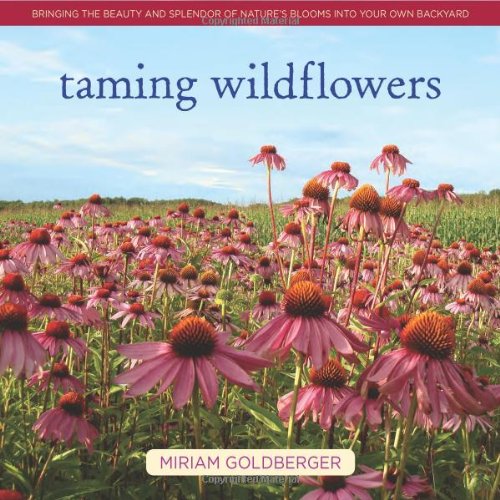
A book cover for Taming Wildflowers: Bringing the Beauty and Splendor of Nature's Blooms into Your Own Backyard; Miriam Goldberger; Crafts, Hobbies & Home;